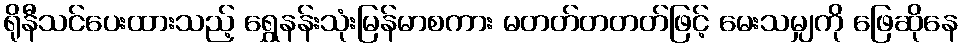
ရိုနီသင်ပေးထားသည့် ရွှေနန်းသုံးမြန်မာစကား မတတ်တတတ်ဖြင့် မေးသမျှကို ဖြေဆိုနေ